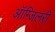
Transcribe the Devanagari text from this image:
ऑग्जिलरी